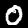
Label: 0